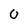
Character: O